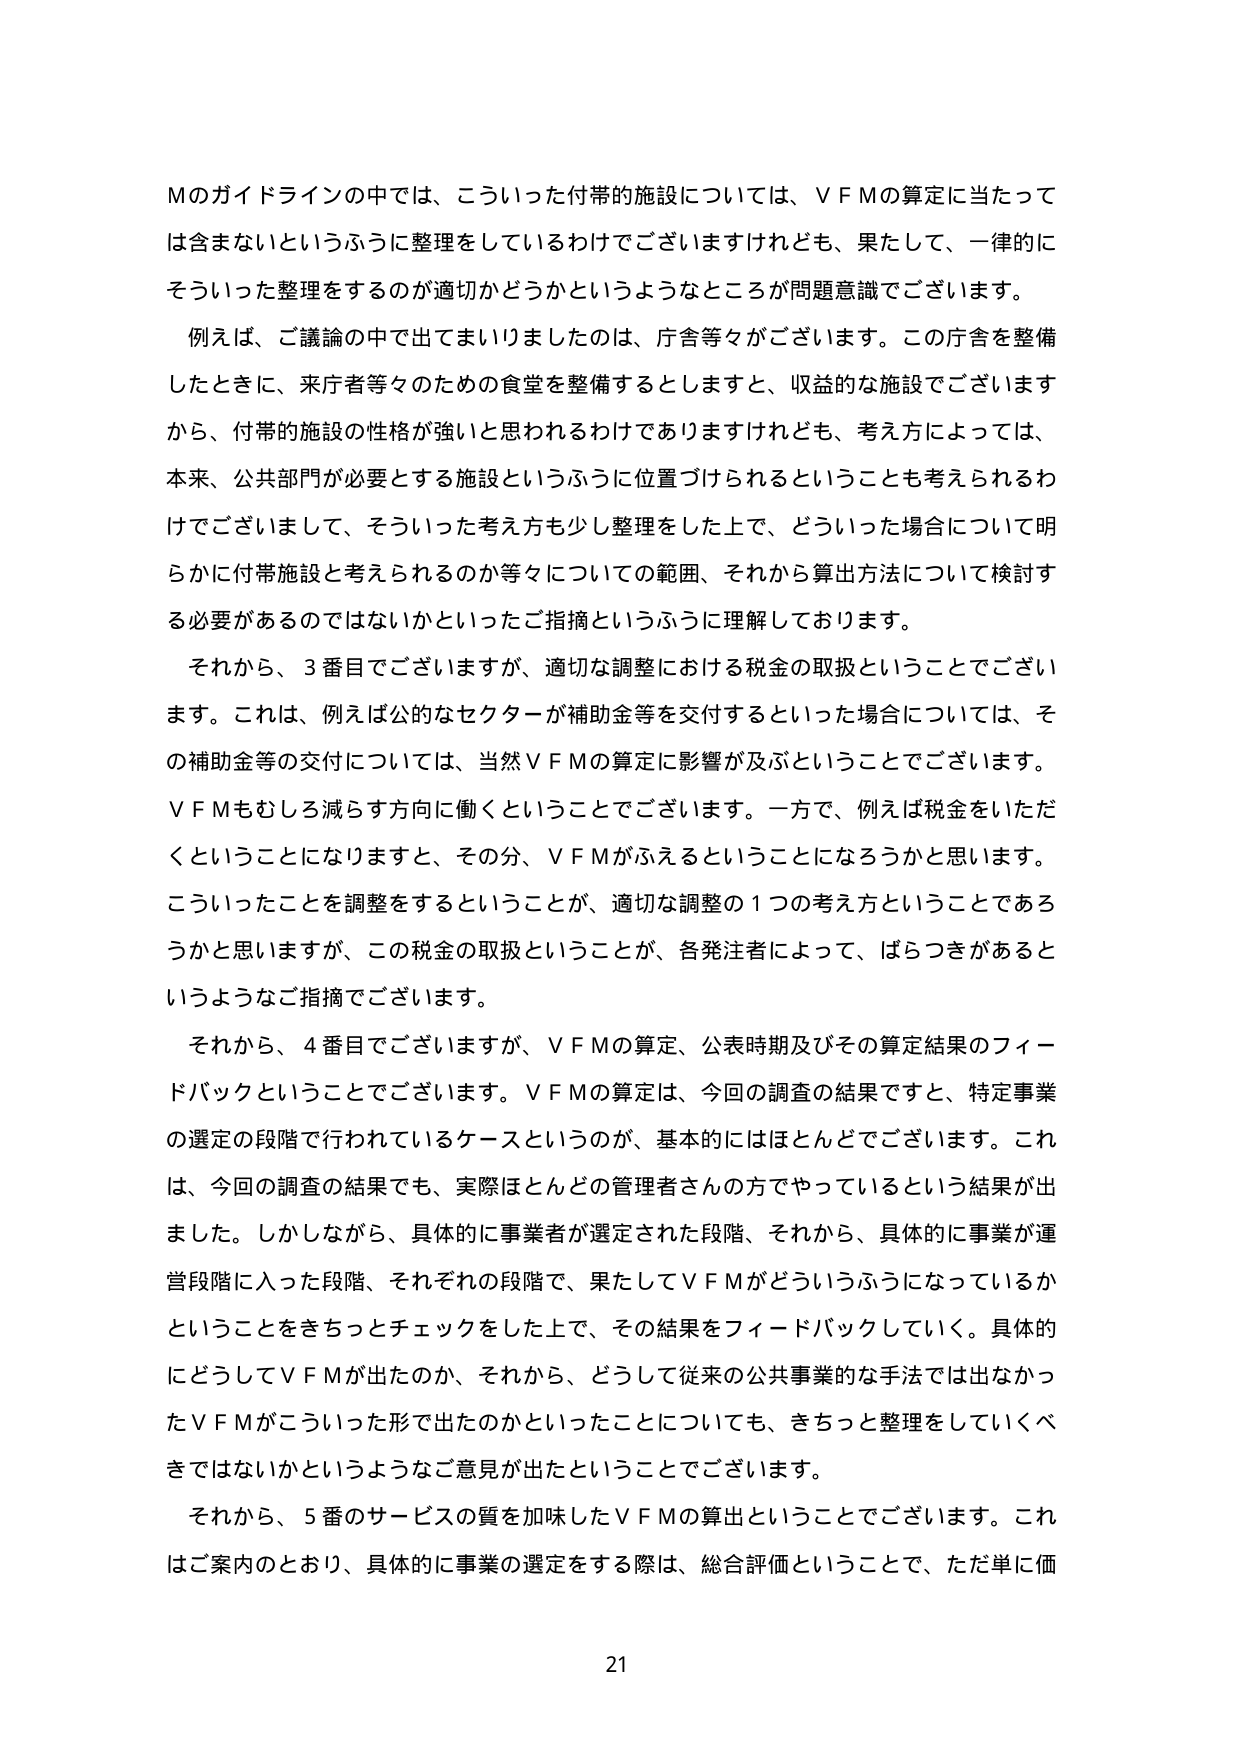
Mのガイドラインの中では、こういった付帯的施設については、ＶＦＭの算定に当たっては含まないというふうに整理をしているわけでございますけれども、果たして、一律的にそういった整理をするのが適切かどうかというようなところが問題意識でございます。

例えば、ご議論の中で出てまいりましたのは、庁舎等々がございます。この庁舎を整備したときに、来庁者等々のための食堂を整備するとしますと、収益的な施設でございますから、付帯的施設の性格が強いと思われるわけでありますけれども、考え方によっては、本来、公共部門が必要とする施設というふうに位置づけられるということも考えられるわけでございまして、そういった考え方も少し整理をした上で、どういった場合について明らかに付帯施設と考えられるのか等々についての範囲、それから算出方法について検討する必要があるのではないかといったご指摘というふうに理解しております。

それから、3番目でございますが、適切な調整における税金の取扱ということでございます。これは、例えば公的なセクターが補助金等を交付するといった場合については、その補助金等の交付については、当然ＶＦＭの算定に影響が及ぶということでございます。ＶＦＭもむしろ減らす方向に働くということでございます。一方で、例えば税金をいただくということになりますと、その分、ＶＦＭがふえるということになるろうかと思います。こういったことを調整をするということが、適切な調整の1つの考え方ということであろうかと思いますが、この税金の取扱ということが、各発注者によって、ばらつきがあるというようなご指摘でございます。

それから、4番目でございますが、ＶＦＭの算定、公表時期及びその算定結果のフィードバックということでございます。ＶＦＭの算定は、今回の調査の結果ですと、特定事業の選定の段階で行われているケースというのが、基本的にはほとんどでございます。これは、今回の調査の結果でも、実際ほとんどの管理者さんの方でやっているという結果が出ました。しかしながら、具体的に事業者が選定された段階、それから、具体的に事業が運営段階に入った段階、それぞれの段階で、果たしてＶＦＭがどういうふうになっているかということをきちっとチェックをした上で、その結果をフィードバックしていく。具体的にどうしてＶＦＭが出たのか、それから、どうして従来の公共事業的な手法では出なかったＶＦＭがこういった形で出たのかといったことについても、きちっと整理をしていくべきではないかというようなご意見が出たということでございます。

それから、5番のサービスの質を加味したＶＦＭの算出ということでございます。これはご案内のとおり、具体的に事業の選定をする際は、総合評価ということで、ただ単に価

21